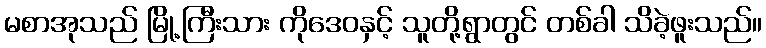
မစာအုသည် မြို့ကြီးသား ကိုဒေဝနှင့် သူတို့ရွာတွင် တစ်ခါ သိခဲ့ဖူးသည်။